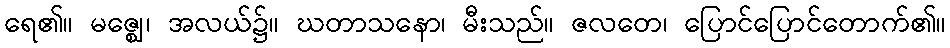
ရေ၏။ မဇ္ဈေ၊ အလယ်၌။ ဃတာသနော၊ မီးသည်။ ဇလတေ၊ ပြောင်ပြောင်တောက်၏။